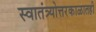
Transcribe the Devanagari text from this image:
स्वातंत्र्योत्तरकाळातही